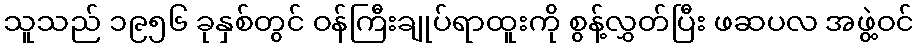
သူသည် ၁၉၅၆ ခုနှစ်တွင် ဝန်ကြီးချုပ်ရာထူးကို စွန့်လွှတ်ပြီး ဖဆပလ အဖွဲ့ဝင်